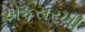
એકસરખી